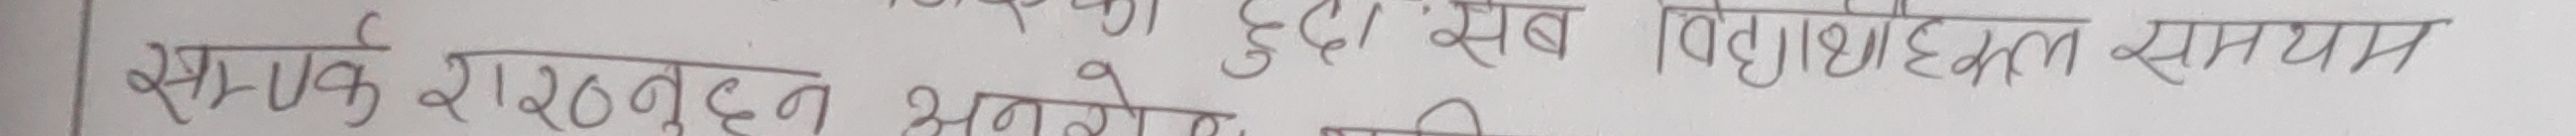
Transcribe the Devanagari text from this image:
सम्पर्क राख्नुहुन अनुरोध छ।सबै विध्यार्थीहरुमा समयमा